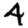
Digit: 4